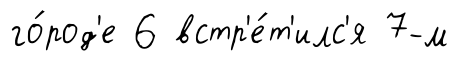
го́род'е 6 встр'е́т'илс'я 7-м